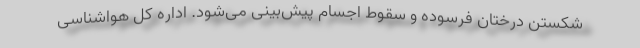
شکستن درختان فرسوده و سقوط اجسام پیش‌بینی می‌شود. اداره کل هواشناسی